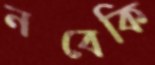
নবেকি